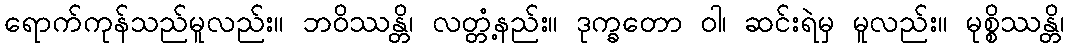
ရောက်ကုန်သည်မူလည်း။ ဘဝိဿန္တိ၊ လတ္တံ့နည်း။ ဒုက္ခတော ဝါ၊ ဆင်းရဲမှ မူလည်း။ မုစ္စိဿန္တိ၊